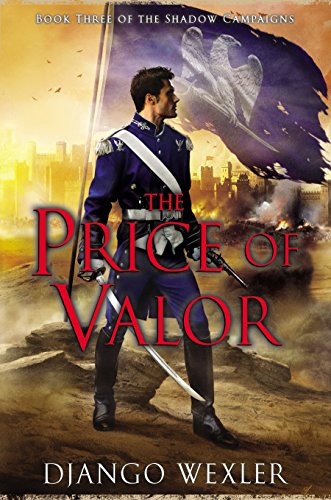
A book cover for The Price of Valor: Book Three of the Shadow Campaigns; Django Wexler; Science Fiction & Fantasy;